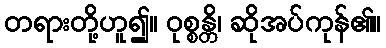
တရားတို့ဟူ၍။ ဝုစ္စန္တိ၊ ဆိုအပ်ကုန်၏။